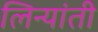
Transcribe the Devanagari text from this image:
लिन्यांती